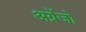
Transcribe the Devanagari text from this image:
अग्रेंजो